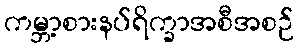
ကမ္ဘာ့စားနပ်ရိက္ခာအစီအစဉ်